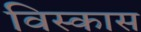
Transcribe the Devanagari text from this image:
विस्कास